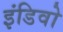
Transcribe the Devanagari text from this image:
इंडिवो